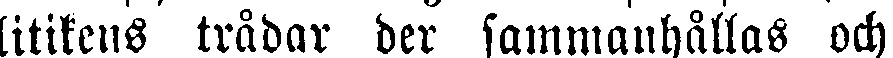
litikens trådar der sammanhållas och